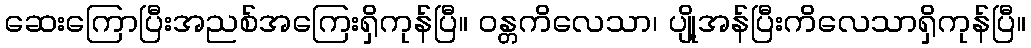
ဆေးကြောပြီးအညစ်အကြေးရှိကုန်ပြီ။ ဝန္တကိလေသာ၊ ပျို့အန်ပြီးကိလေသာရှိကုန်ပြီ။